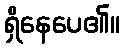
ရှိနေပေ၏။